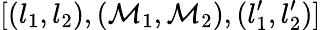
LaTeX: [(l_{1},l_{2}),(\mathcal{M}_{1},\mathcal{M}_{2}),(l_{1}^{\prime},l_{2}^{\prime})]